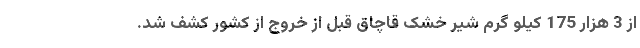
از 3 هزار 175 کیلو گرم شیر خشک قاچاق قبل از خروج از کشور کشف شد.